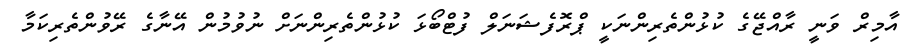
އާމިރް ވަނީ ރާއްޖޭގެ ކުޅުންތެރިންނަކީ ޕްރޮފެޝަނަލް ފުޓްބޯޅަ ކުޅުންތެރިންނަށް ނުވުމުން އޭނާގެ ރޭވުންތެރިކަމާ